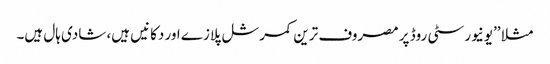
مثلا ’’یونیورسٹی روڈ پر مصروف ترین کمرشل پلازے اور دکانیں ہیں، شادی ہال ہیں۔